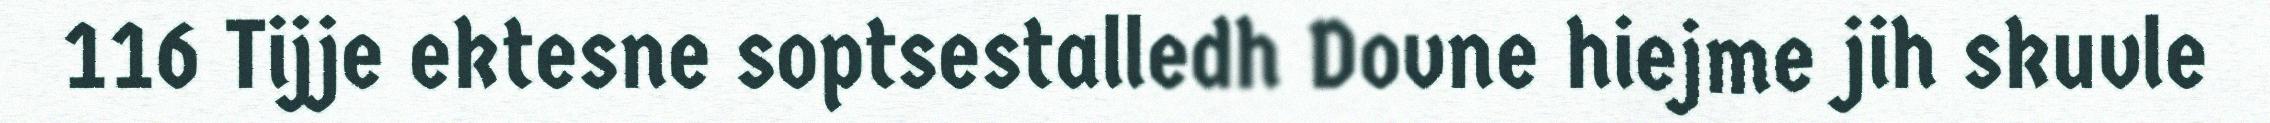
116 Tijje ektesne soptsestalledh Dovne hiejme jih skuvle